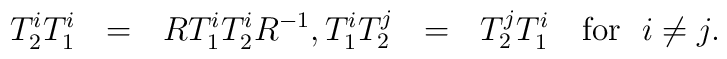
T_{2}^{i}T_{1}^{i}~~=~~RT_{1}^{i}T_{2}^{i}R^{-1},\\T_{1}^{i}T_{2}^{j}~~=~~T_{2}^{j}T_{1}^{i}~~~\mbox{\rm{for}}~~i\neq j.